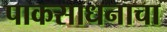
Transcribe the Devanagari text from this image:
पाकसाधनाचा